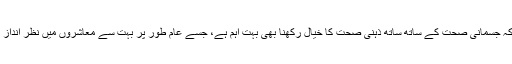
ابیھہ کہتی ہیں کہ جسمانی صحت کے ساتھ ساتھ ذہنی صحت کا خیال رکھنا بھی بہت اہم ہے، جسے عام طور پر بہت سے معاشروں میں نظر انداز کر دیا جاتا ہے۔